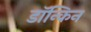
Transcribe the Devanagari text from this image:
डॉन्किन